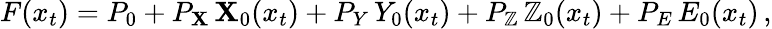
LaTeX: F(x_{t})=P_{0}+P_{\mathbf{X}}\, \mathbf{X}_{0}(x_{t})+P_{Y}\, Y_{0}(x_{t})+P_{\mathbb{Z}}\, \mathbb{Z}_{0}(x_{t})+P_{E}\, E_{0}(x_{t})\, ,